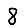
Digit: 8